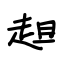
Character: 趄